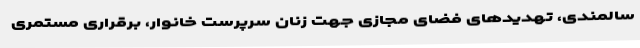
سالمندی، تهدیدهای فضای مجازی جهت زنان سرپرست خانوار، برقراری مستمری